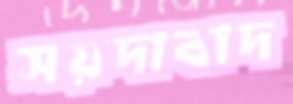
সয়দাবাদ